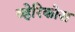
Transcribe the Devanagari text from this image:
व्हेरिकोस